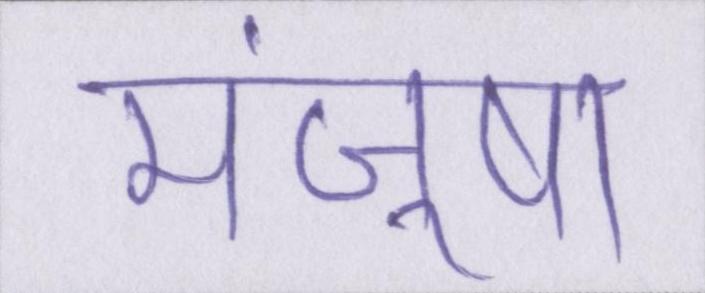
मंजूषा